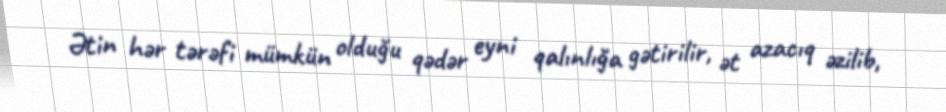
Ətin hər tərəfi mümkün olduğu qədər eyni qalınlığa gətirilir, ət azacıq əzilib,